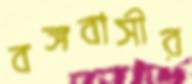
বঙ্গবাসীর